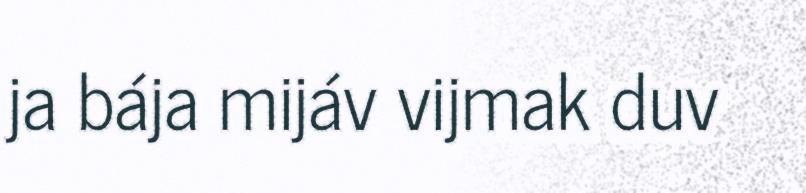
ja bája mijáv vijmak duv